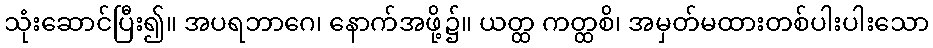
သုံးဆောင်ပြီး၍။ အပရဘာဂေ၊ နောက်အဖို့၌။ ယတ္ထ ကတ္ထစိ၊ အမှတ်မထားတစ်ပါးပါးသော